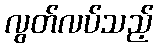
လွတ်လပ်သည့်